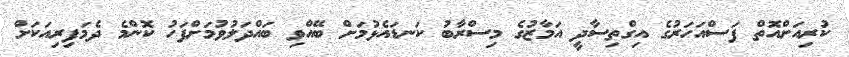
ކުރިއަށްއޮތް ފަސްއަހަރުގެ އިގްތިސާދީ އަމާޒުގެ މިސްރާބު ކަނޑައެޅުމަށް ބޭއްވި ބައްދަލުވުމަށްފަހު ކޮންމެ ދެމަފިރިއަކަށް